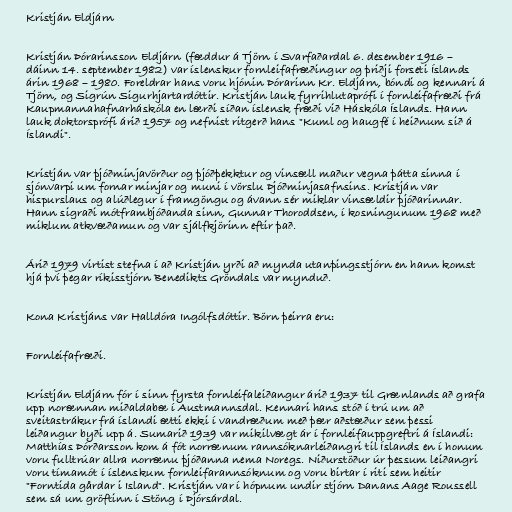
Kristján Eldjárn

Kristján Þórarinsson Eldjárn (fæddur á Tjörn í Svarfaðardal 6. desember 1916 –
dáinn 14. september 1982) var íslenskur fornleifafræðingur og þriðji forseti Íslands
árin 1968 – 1980. Foreldrar hans voru hjónin Þórarinn Kr. Eldjárn, bóndi og kennari á
Tjörn, og Sigrún Sigurhjartardóttir. Kristján lauk fyrrihlutaprófi í fornleifafræði frá
Kaupmannahafnarháskóla en lærði síðan íslensk fræði við Háskóla Íslands. Hann
lauk doktorsprófi árið 1957 og nefnist ritgerð hans "Kuml og haugfé í heiðnum sið á
Íslandi".

Kristján var þjóðminjavörður og þjóðþekktur og vinsæll maður vegna þátta sinna í
sjónvarpi um fornar minjar og muni í vörslu Þjóðminjasafnsins. Kristján var
hispurslaus og alúðlegur í framgöngu og ávann sér miklar vinsældir þjóðarinnar.
Hann sigraði mótframbjóðanda sinn, Gunnar Thoroddsen, í kosningunum 1968 með
miklum atkvæðamun og var sjálfkjörinn eftir það.

Árið 1979 virtist stefna í að Kristján yrði að mynda utanþingsstjórn en hann komst
hjá því þegar ríkisstjórn Benedikts Gröndals var mynduð.

Kona Kristjáns var Halldóra Ingólfsdóttir. Börn þeirra eru:

Fornleifafræði.

Kristján Eldjárn fór í sinn fyrsta fornleifaleiðangur árið 1937 til Grænlands að grafa
upp norænnan miðaldabæ í Austmannsdal. Kennari hans stóð í trú um að
sveitastrákur frá íslandi ætti ekki í vandræðum með þær aðstæður sem þessi
leiðangur byði upp á. Sumarið 1939 var mikilvægt ár í fornleifauppgreftri á Íslandi:
Matthías Þórðarsson kom á fót norrænum rannsóknarleiðangri til Íslands en í honum
voru fulltrúar allra norrænu þjóðanna nema Noregs. Niðurstöður úr þessum leiðangri
voru tímamót í íslenskum fornleifarannsóknum og voru birtar í riti sem heitir
"Forntida gårdar i Island". Kristján var í hópnum undir stjórn Danans Aage Roussell
sem sá um gröftinn í Stöng í Þjórsárdal.